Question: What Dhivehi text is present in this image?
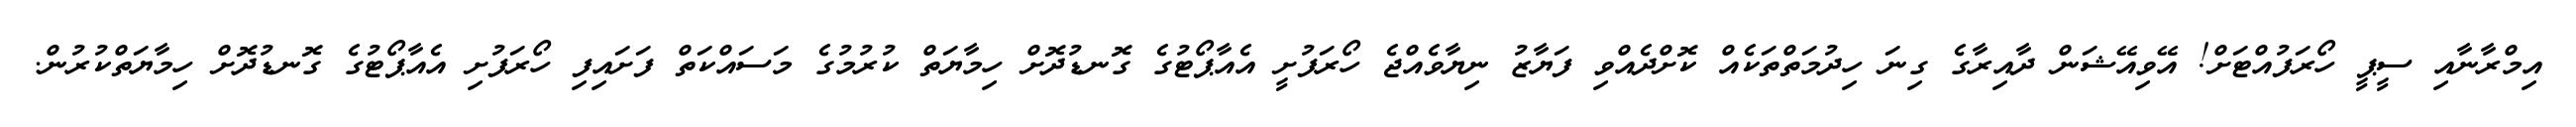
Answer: އިމްރާނާއި ސީޕީ ހޯރަފުއްޓަށް! އޭވިއޭޝަން ދާއިރާގެ ގިނަ ހިދުމަތްތަކެއް ކޮށްދެއްވި ފަޔާޒު ނިޔާވެއްޖެ ހޯރަފުށީ އެއާޕޯޓުގެ ގޮނޑުދޮށް ހިމާޔަތް ކުރުމުގެ މަސައްކަތް ފަށައިފި ހޯރަފުށި އެއާޕޯޓުގެ ގޮނޑުދޮށް ހިމާޔަތްކުރުން.